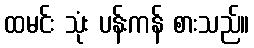
ထမင်း သုံး ပန်းကန် စားသည်။